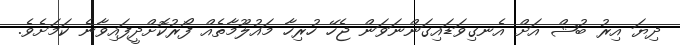
ދިޔަ އިރު ބުޝް އަށް އެނގިވަޑައިގަންނަވަން ޖެހޭ ހުރިހާ މައުލޫމާތެއް ފޯރުކޮށްދީފައިވާނެ ކަމަށެވެ.